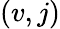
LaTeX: (v,j)